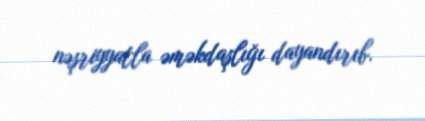
nəşriyyatla əməkdaşlığı dayandırıb.